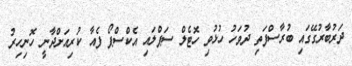
ދަރުބާރުގޭގައި ބުރާސްފަތި ދުވަހު ހުޅުވި ހޮޓެލް ސަޕްލައި އެކްސްޕޯ ފެއާ ކުރިއަށްދާނީ ހޮނިހިރު